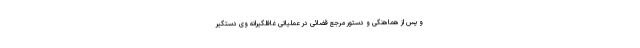
و پس از هماهنگی و دستور مرجع قضائی در عملیاتی غافلگیرانه وی دستگیر